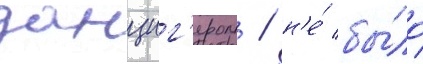
данциг'ером / н'е́ бы́ло